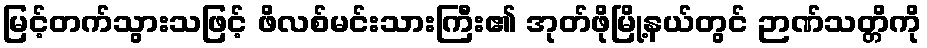
မြင့်တက်သွားသဖြင့် ဖိလစ်မင်းသားကြီး၏ အုတ်ဖိုမြို့နယ်တွင် ဉာဏ်သတ္တိကို